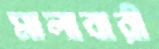
মালাবারী